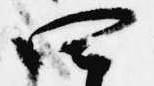
四